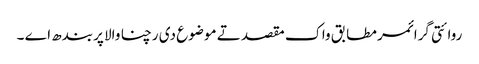
روائتی گرائمر مطابق واک مقصد تے موضوع دی رچنا والا پربندھ اے ۔